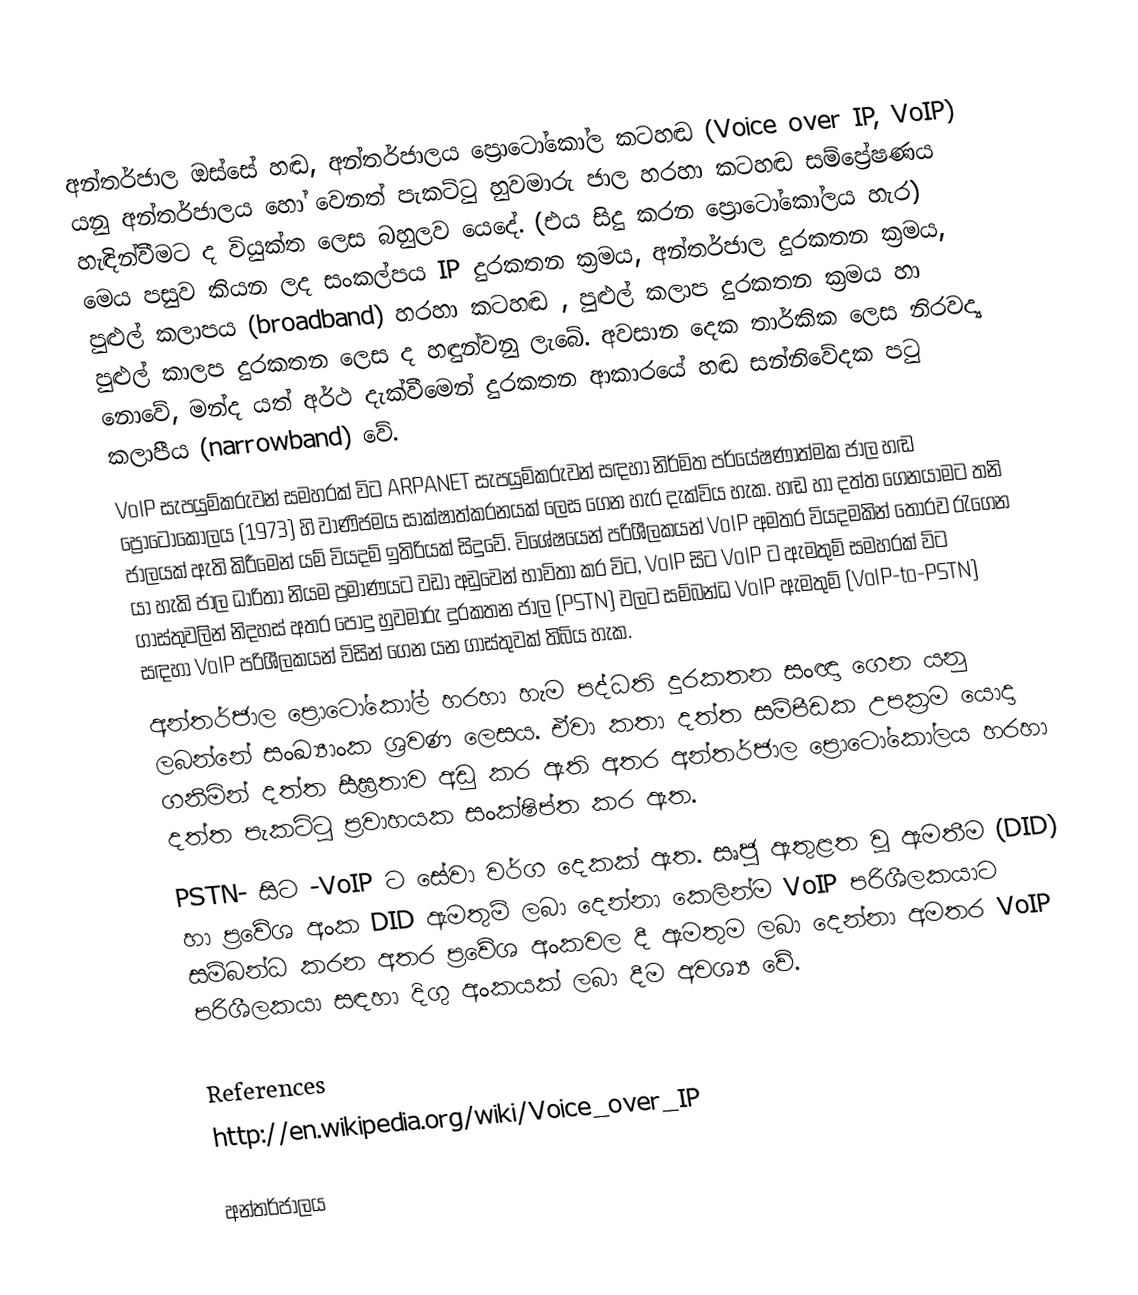
අන්තර්ජාල ඔස්සේ හඬ, අන්තර්ජාලය ප්‍රොටෝකෝල කටහඬ (Voice over IP, VoIP) යනු අන්තර්ජාලය හෝ වෙනත් පැකට්ටු හුවමාරු ජාල හරහා කටහඬ සම්ප්‍රේෂණය හැඳින්වීමට ද වියුක්ත ලෙස බහුලව යෙදේ. (එය සිදු කරන ප්‍රොටෝකෝලය හැර) මෙය පසුව කියන ලද සංකල්පය IP දුරකතන ක්‍රමය, අන්තර්ජාල දුරකතන ක්‍රමය, පුළුල් කලාපය (broadband) හරහා කටහඬ , පුළුල් කලාප දුරකතන ක්‍රමය හා පුළුල් කාලප දුරකතන ලෙස ද හඳුන්වනු ලැබේ. අවසාන දෙක තාර්කික ලෙස නිරවද්‍ය නොවේ, මන්ද යත් අර්ථ දැක්වීමෙන් දුරකතන ආකාරයේ හඬ සන්නිවේදක පටු කලාපීය (narrowband) වේ.
VoIP සැපයුම්කරුවන් සමහරක් විට ARPANET සැපයුම්කරුවන් සඳහා නිර්මිත පර්යේෂණාත්මක ජාල හඬ ප්‍රොටෝකෝලය (1973) හි වාණිජමය සාක්ෂාත්කරනයක් ලෙස ගෙන හැර දැක්විය හැක. හඬ හා දත්ත ගෙනයාමට තනි ජාලයක් ඇති කිරීමෙන් යම් වියදම් ඉතිරියක් සිදුවේ. විශේෂයෙන් පරිශීලකයන් VoIP අමතර වියදමකින් තොරව රැගෙන යා හැකි ජාල ධාරිතා නියම ප්‍රමාණයට වඩා අඩුවෙන් භාවිතා කර විට, VoIP සිට VoIP ට ඇමතුම් සමහරක් විට ගාස්තුවලින් නිදහස් අතර පොදු හුවමාරු දුරකතන ජාල (PSTN) වලට සම්බන්ධ VoIP ඇමතුම් (VoIP-to-PSTN) සඳහා VoIP පරිශීලකයන් විසින් ගෙන යන ගාස්තුවක් තිබිය හැක.
අන්තර්ජාල ප්‍රොටෝ‍කෝල් හරහා හැම පද්ධති දුරකතන සංඥා ගෙන යනු ලබන්නේ සංඛ්‍යාංක ශ්‍රවණ ලෙසය. ඒවා කතා දත්ත සම්පීඩක උපක්‍රම යොදා ගනිමින් දත්ත සීඝ්‍රතාව අඩු කර ඇති අතර අන්තර්ජාල ප්‍රොටෝකෝලය හරහා දත්ත පැකට්ටු ප්‍රවාහයක සංක්ෂිප්ත කර ඇත.
PSTN- සිට -VoIP ට සේවා වර්ග දෙකක් ඇත. සෘජු ඇතුළත වූ ඇමතීම (DID) හා ප්‍රවේශ අංක DID ඇමතුම් ලබා දෙන්නා කෙලින්ම VoIP පරිශීලකයාට සම්බන්ධ කරන අතර ප්‍රවේශ අංකවල දී ඇමතුම ලබා දෙන්නා අමතර VoIP පරිශීලකයා සඳහා දිගු අංකයක් ලබා දීම අවශ්‍ය වේ.

References
http://en.wikipedia.org/wiki/Voice_over_IP

අන්තර්ජාලය